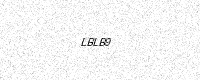
Text: LBLB9